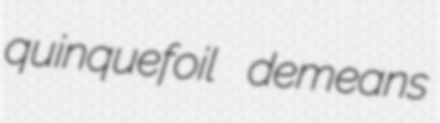
quinquefoil demeans